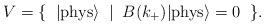
\begin{align*}V=\{\;\;|{\rm phys}{\rangle}\;\;|\;\; B(k_+)|{\rm phys}{\rangle}=0\;\; \}.\end{align*}